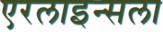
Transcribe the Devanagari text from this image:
एरलाइन्सला